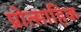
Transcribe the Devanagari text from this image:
प्रोत्साहिक